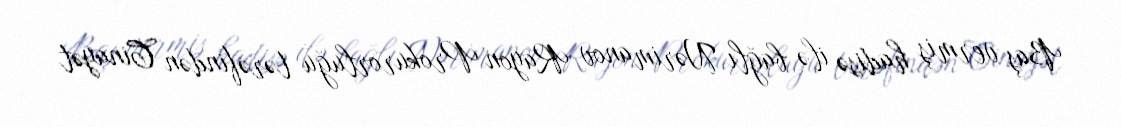
Baş vermiş hadisə ilə bağlı Nərimanov Rayon Prokurorluğu tərəfindən Cinayət